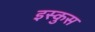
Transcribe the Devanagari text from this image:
इस्कुस